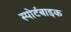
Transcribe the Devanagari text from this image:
स्पोर्टबाइक